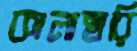
কালাহারি